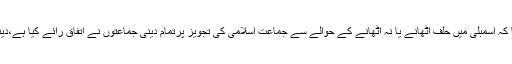
ایم ایم اے اجلاس کے بعد میڈیا سے گفتگو میں انہوں نے کہا کہ اسمبلی میں حلف اٹھانے یا نہ اٹھانے کے حوالے سے جماعت اسلامی کی تجویز پرتمام دینی جماعتوں نے اتفاق رائے کیا ہے،دینی جماعتوں کی بھی عوام میں مقبولیت اور گہری جڑیں ہیں۔